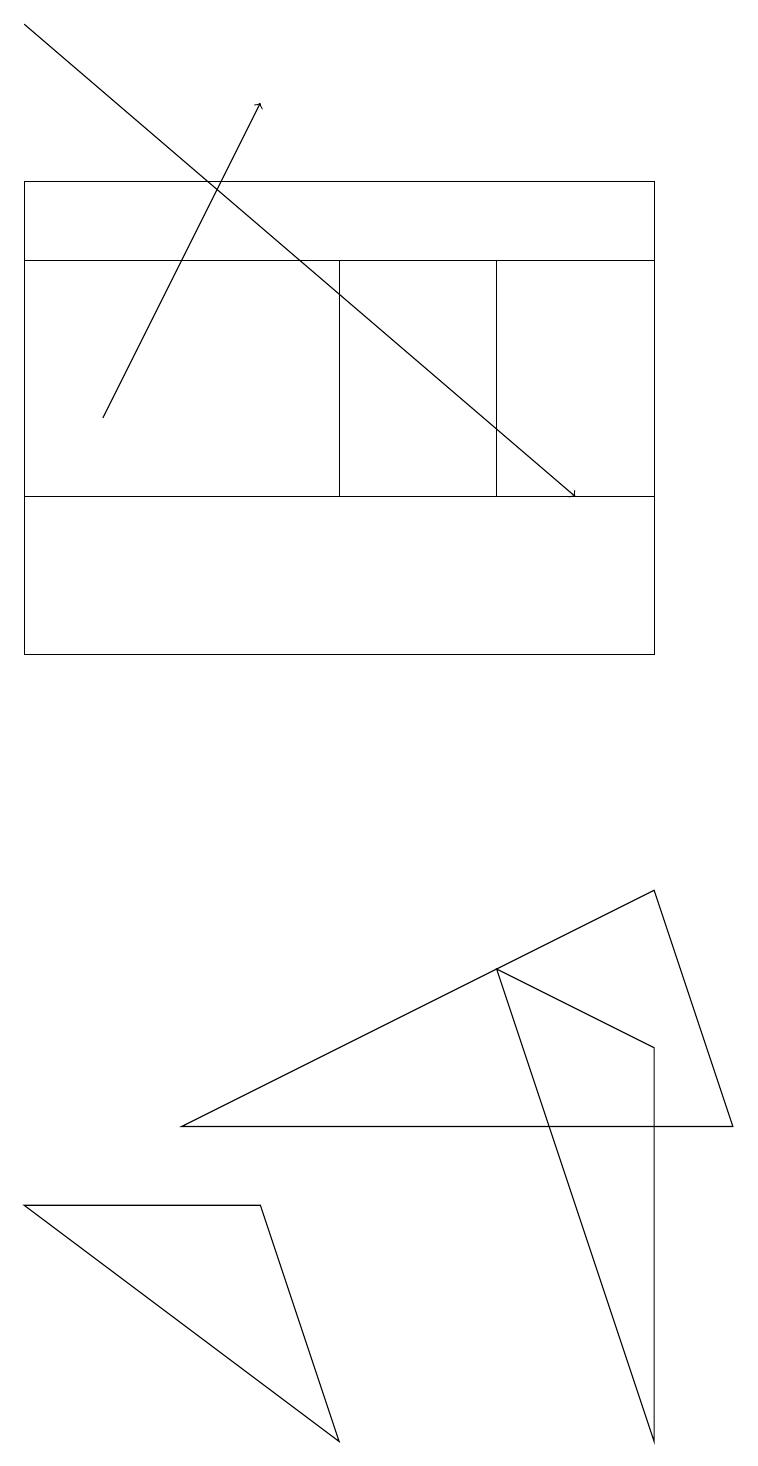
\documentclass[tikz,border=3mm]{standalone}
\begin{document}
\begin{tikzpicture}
\draw (8,17) rectangle (0,13);
\draw (0,4) -- (4,1) -- (3,4) -- cycle;
\draw (4,16) rectangle (6,13);
\draw[->] (1,14) -- (3,18);
\draw (2,5) -- (8,8) -- (9,5) -- cycle;
\draw[->] (0,19) -- (7,13);
\draw (0,16) rectangle (8,11);
\draw (8,1) -- (6,7) -- (8,6) -- cycle;
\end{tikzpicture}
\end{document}